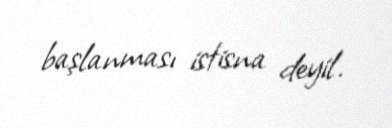
başlanması istisna deyil.